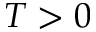
T > 0